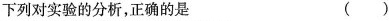
下列对实验的分析，正确的是 ( )